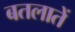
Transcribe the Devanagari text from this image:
बतलातें